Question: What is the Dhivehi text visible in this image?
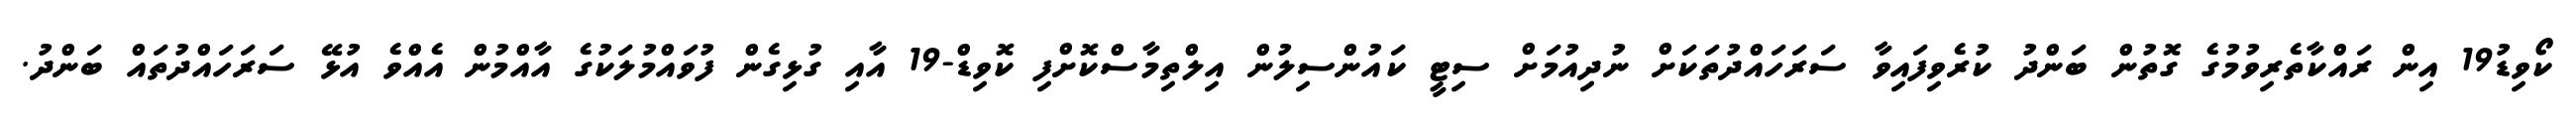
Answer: ކޯވިޑު19 އިން ރައްކާތެރިވުމުގެ ގޮތުން ބަންދު ކުރެވިފައިވާ ސަރަހައްދުތަކަށް ނުދިއުމަށް ސިޓީ ކައުންސިލުން އިލްތިމާސްކޮށްފި ކޮވިޑް-19 އާއި ގުޅިގެން ފުވައްމުލަކުގެ އާއްމުން އެއްވެ އުޅޭ ސަރަހައްދުތައް ބަންދު.